Civil Veterinary Department Bihar & Orissa reports 1922-29 - 1922-1929
Year: 1922
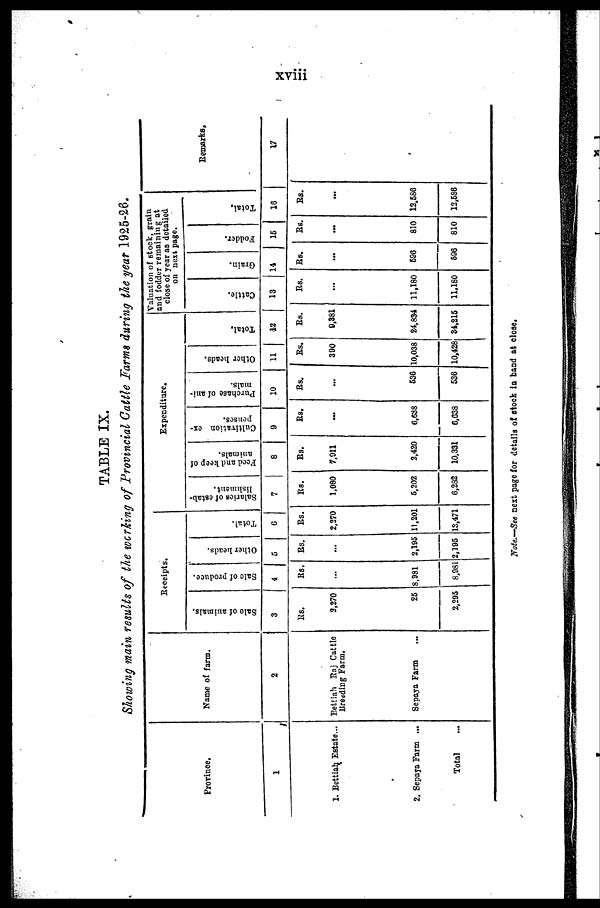
xviii
TABLE IX.
Showing main results of the working of Provincial Cattle Farms during the year 1925-26.
Province.
1
1. Bettiah. Estate...
2. Sepaya Farm ...
Total
Name of farm.
2
Bettiah Raj Cattle
Breading Farm,
Sepaya Farm
Receipts.
Sale of animals.
3
Us.
2,270
25
2,295
Sale of produce.
4
Rs.
8,981
8,081
Other heads.
5
Rs.
...
2,195
2,195
Total.
6
Rs.
2,370
11,201
13,471
Expenditure.
Salaries of estab-
lishment.
7
Rs.
1,080
5,202
6,282
Feed and keep of
animals.
8
Rs.
7,911
2,420
10,331
Cultivation ex-
penses.
9
Rs.
6,638
6,638
Purchase of ani-
mals.
10
Ot her heads.
11
Rs. Rs.
...
536
636
390
10,038
10,428
Total.
42
Rs.
9,381
24,834
34,215
Valuation
and fodde
close of y
on next pa
Cattle.
13
Rs.
11,180
11,180
Grain.
14
Rs.
...
696
696
Fodder.
15
Rs.
...
810
810
Total.
16
Rs.
...
12,586
12,586
Remarks.
17
Note.—-See next page for details of stock in band at close.